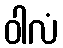
ဝါလံ